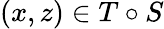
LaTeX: (x,z)\in T\circ S